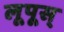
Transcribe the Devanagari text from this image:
लूपूस्